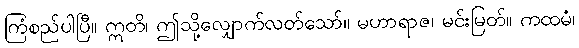
ကြံစည်ပါပြီ။ ဣတိ၊ ဤသို့လျှောက်လတ်သော်။ မဟာရာဇ၊ မင်းမြတ်။ ကထမံ၊